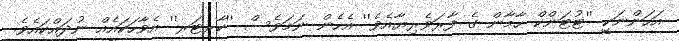
އަހަންނަކީ ''ޓުޓަންކް ހާމާން ގެ ފާރަވެރިޔާއެވެ'' އެހެން ނަމަވެސް ''ކާރޓަރ'' އެވާހަކައެއް ނުދައްކައެވެ.